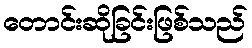
တောင်းဆိုခြင်းဖြစ်သည်